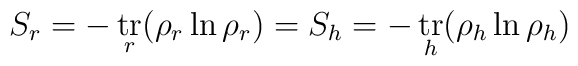
S_r  = -\mathop{\hbox{tr}}_r (\rho_{r} \ln \rho_{r}) =	S_h = -\mathop{\hbox{tr}}_h (\rho_{h} \ln \rho_{h})